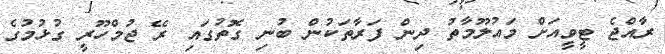
ރާއްޖެ ޓީވީއަށް މައުލޫމާތު ދިން ފަރާތަކުން ބުނި ގޮތުގައި ރޭ ޖުމްހޫރީ ގުޅުމުގެ